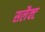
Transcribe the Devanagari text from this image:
सलैक्ट